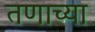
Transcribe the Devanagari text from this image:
तणाच्या